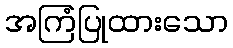
အကြံပြုထားသော